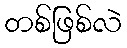
တစ်ဖြစ်လဲ